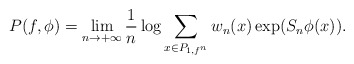
\begin{align*} P(f,\phi) = \lim\limits_{n\to +\infty} \frac{1}{n} \log \sum\limits_{x\in P_{1,f^n}} w_n(x) \exp (S_n\phi(x)).\end{align*}